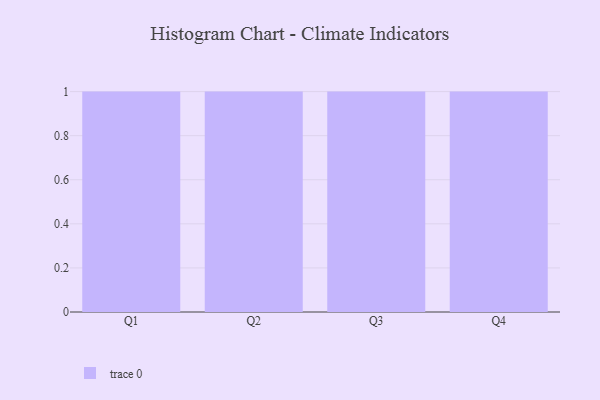
{"axis": {"x": "Quarter", "y": "Website Visitors"}, "legend": [""], "data": [{"x": "Q1", "y": 93, "type": ""}, {"x": "Q2", "y": 36, "type": ""}, {"x": "Q3", "y": 39, "type": ""}, {"x": "Q4", "y": 19, "type": ""}]}